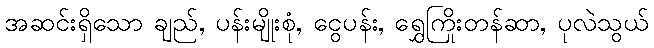
အဆင်းရှိသော ချည်, ပန်းမျိုးစုံ, ငွေပန်း, ရွှေကြိုးတန်ဆာ, ပုလဲသွယ်